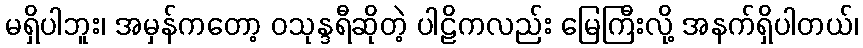
မရှိပါဘူး၊ အမှန်ကတော့ ဝသုန္ဒရီဆိုတဲ့ ပါဠိကလည်း မြေကြီးလို့ အနက်ရှိပါတယ်၊